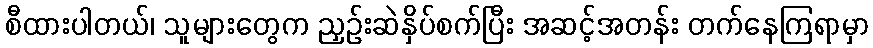
စီထားပါတယ်၊ သူများတွေက ညှဉ်းဆဲနှိပ်စက်ပြီး အဆင့်အတန်း တက်နေကြရာမှာ